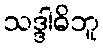
သဒ္ဒါဓိဘူ